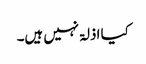
کیا اذلۃ نہیں ہیں۔